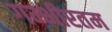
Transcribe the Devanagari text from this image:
गम्भीरतम